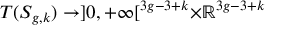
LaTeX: T ( S _ { g , k } ) \to ] 0 , + \infty [ ^ { 3 g - 3 + k } \times \mathbb { R } ^ { 3 g - 3 + k }